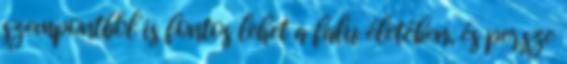
szempontból is fontos lehet a falu életében, és persze